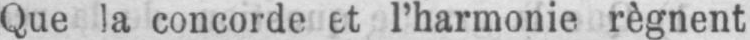
l’harmonie règnent